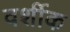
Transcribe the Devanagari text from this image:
वर्शीक